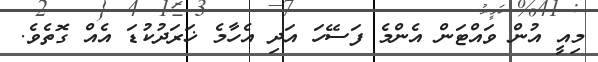
މިއީ އުން ވައްޓަން އެންމެ ފަސޭހަ އަދި އެހާމެ ޚަރަދުކުޑަ އެއް ގޮތެވެ.